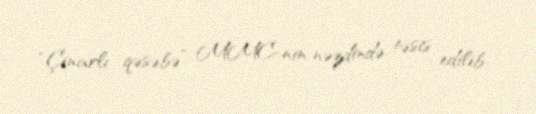
“Çinarlı qəsəbə” MMC-nin nəzdində təsis edilib.